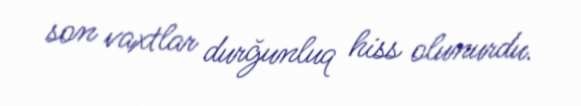
son vaxtlar durğunluq hiss olunurdu.